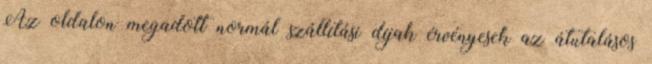
Az oldalon megadott normál szállítási díjak érvényesek az átutalásos